Civil Veterinary Department Bihar reports 1936-40 - 1936-1940
Year: 1936
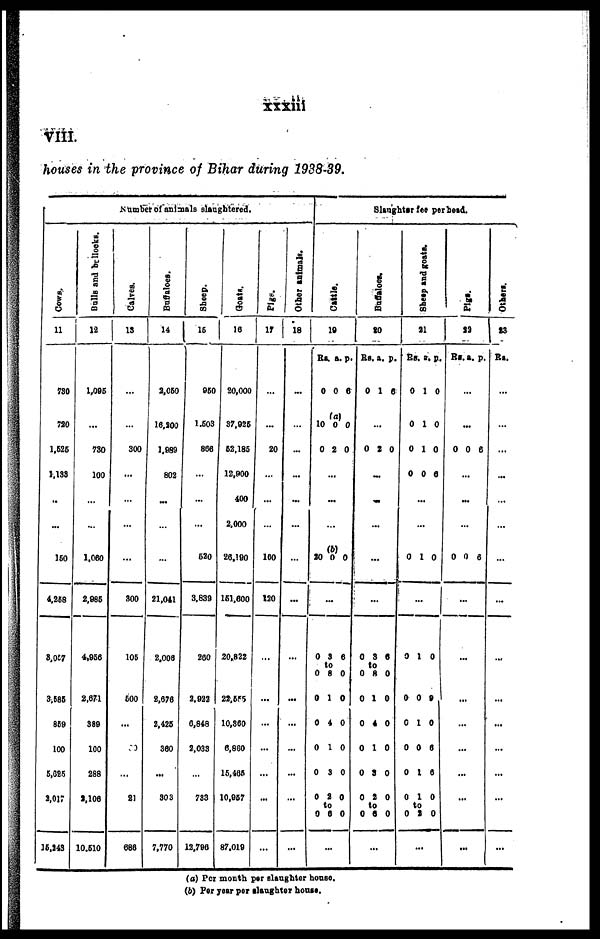
xxxiii
VIII.
houses in the province of Bihar during 1938-39.
Number of'animals slaughtered.
COWS.
11
730
720
1,525
1,133
...
...
150
4,258
8,057
3,686
869
100
5,625
2,017
15,249
Bulls
and bullocks.
12
1,095
...
730
100
...
...
1,060
2,986
4,960
2,871
389
100
288
2, 106
10.610
Calves.
13
...
...
300
...
...
...
...
300
106
600
...
...
...
21
688
Buffaloes.
14
2,650
16,200
1,989
802
...
...
...
21,041
2,008
2,676
2,425
360
...
303
7,770
8heep.
16
950
1.603
866
...
...
...
520
3.839
260
2,922
6,848
2,033
...
783
13,796
Goats.
16
20,000
37,925
62,185
12,900
400
2,000
26,190
161,600
20,822
22,555
10,360
6,880
15,465
10,967
87.019
Pigs.
17
...
...
20
...
...
...
100
120
...
...
...
...
...
...
...
Other animals.
18
...
...
...
...
...
...
...
...
...
...
...
...
...
...
...
Cattle.
19
Rs. a. p.
0 0 6
(a)
10 0 0
0 2 0
...
...
...
20 0 0
...
0 3 6
to
0 8 0
0 1 0
0 4 0
0 1 0
0 3 0
0 2 0
to
0 0 0
...
Slanghter fee per head.
Buffaloes,
to
Rs. a. p.
0 1 6
...
0 2 0
...
...
...
...
...
0 3 6
to
0 8 0
0 10
0 4 0
0 10
0 3 0
0 2 0
to
0 6 0
...
Sheep and goats.
21
Rs. a. p.
0 1 0
0 1 0
0 1 0
0 0 0
...
...
0 1 0
...
0 10
0 0 9
6 1 0
0 0 0
0 1 6
0 10
to
0 2 0
...
-
Pigs.
22
Rs. a. p.
...
...
0 0 6
...
...
...
0 0 6
...
...
...
...
...
...
...
...
Others.
23
Rs.
...
...
...
...
...
...
...
...
...
...
...
...
...
...
...
(a) Per month per slaughter house
(b) Per year per slaughter house.